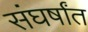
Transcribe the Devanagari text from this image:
संघर्षांत